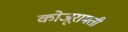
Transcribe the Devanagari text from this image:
कोजूरामती